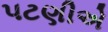
પટણીએ